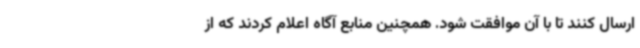
ارسال کنند تا با آن موافقت شود. همچنین منابع آگاه اعلام کردند که از